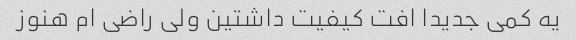
یه کمی جدیدا افت کیفیت داشتین ولی راضی ام هنوز